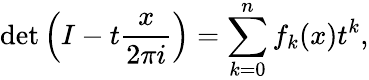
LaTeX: \operatorname*{det}\left(I-t{\frac{x}{2\pi i}}\right)=\sum_{k=0}^{n}f_{k}(x)t^{k},